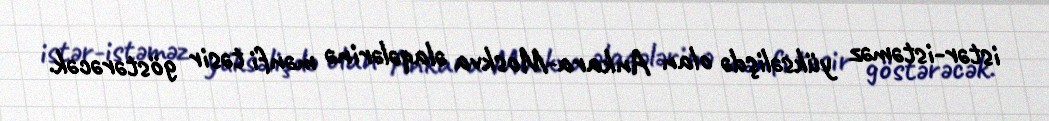
istər-istəməz yüksəlişdə olan Ankara-Moskva əlaqələrinə mənfi təsir göstərəcək.